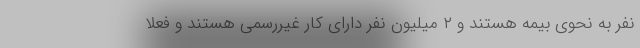
نفر به نحوی بیمه هستند و ۲ میلیون نفر دارای کار غیررسمی هستند و فعلا